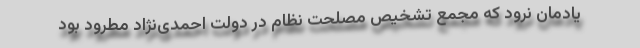
یادمان نرود که مجمع تشخیص مصلحت نظام در دولت احمدی‌نژاد مطرود بود